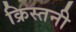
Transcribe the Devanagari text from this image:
क्रिस्तनी